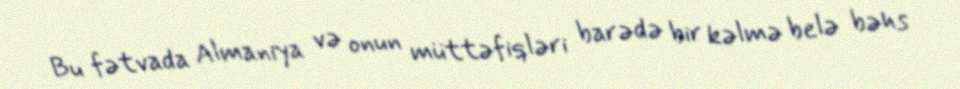
Bu fətvada Almaniya və onun müttəfiqləri barədə bir kəlmə belə bəhs